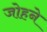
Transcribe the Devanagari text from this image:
जोहने